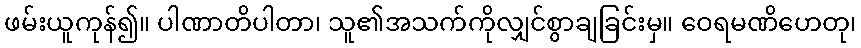
ဖမ်းယူကုန်၍။ ပါဏာတိပါတာ၊ သူ၏အသက်ကိုလျှင်စွာချခြင်းမှ။ ဝေရမဏိဟေတု၊